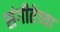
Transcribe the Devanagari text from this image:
संगीतेच्या